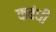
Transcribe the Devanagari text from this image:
कबंधी